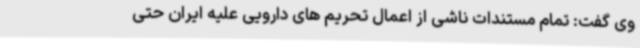
وی گفت: تمام مستندات ناشی از اعمال تحریم های دارویی علیه ایران حتی